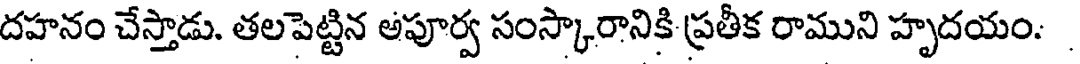
దహనం చేస్తాడు. తలపెట్టిన అపూర్వ సంస్కారానికి ప్రతీక రాముని హృదయం.